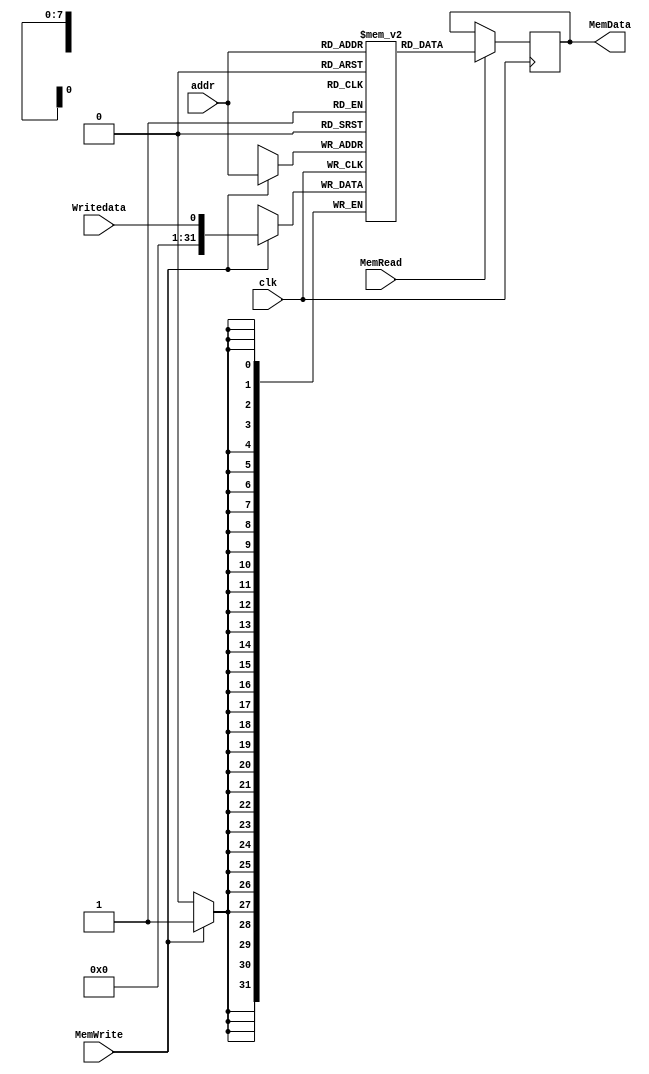
`timescale 1ns / 1ps
//////////////////////////////////////////////////////////////////////////////////
// Company: 
// Engineer: 
// 
// Design Name: 
// Module Name: Memory
// Project Name: 
// Target Devices: 
// Tool Versions: 
// Description: 
// 
// Dependencies: 
// 
// Revision:
// Revision 0.01 - File Created
// Additional Comments:
// 
//////////////////////////////////////////////////////////////////////////////////
 module Memory(
    input clk,
    input MemWrite,  //write signal
    input MemRead, //Read_signal
    input [7:0]addr,
    input Writedata,   
    output reg [31:0]MemData
);
    reg [31:0]mem[255:0];
    
    always @(posedge clk)begin
        if(MemRead) MemData<=mem[addr];
        if(MemWrite) mem[addr]<=Writedata;
    end
endmodule